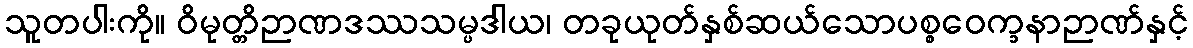
သူတပါးကို။ ဝိမုတ္တိဉာဏဒဿသမ္ပဒါယ၊ တခုယုတ်နှစ်ဆယ်သောပစ္စဝေက္ခနာဉာဏ်နှင့်